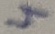
Text: 4